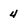
Character: 4